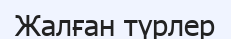
Жалған түрлер